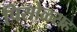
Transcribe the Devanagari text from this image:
पिसोळसह